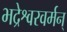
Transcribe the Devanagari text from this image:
भद्रेश्वरवर्मन्